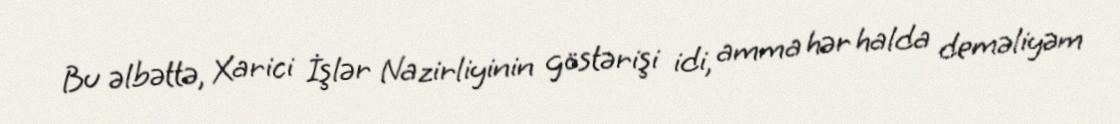
Bu əlbəttə, Xarici İşlər Nazirliyinin göstərişi idi, amma hər halda deməliyəm